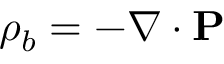
\rho _ { b } = - \nabla \cdot \mathbf { P }